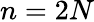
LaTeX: n=2N